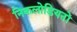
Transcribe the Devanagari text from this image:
निकलोडियनों